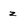
Character: z